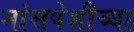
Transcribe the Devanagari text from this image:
मांसपेशीच्या